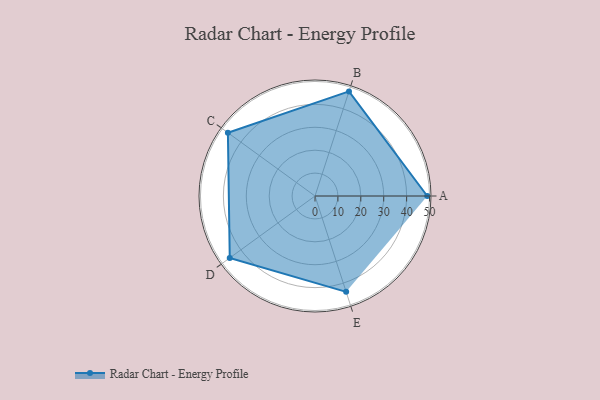
{"axis": {"x": "Skill", "y": "Score"}, "legend": ["Profile"], "data": [{"x": "A", "y": 49.0, "type": "Profile"}, {"x": "B", "y": 48.0, "type": "Profile"}, {"x": "C", "y": 47.0, "type": "Profile"}, {"x": "D", "y": 46.0, "type": "Profile"}, {"x": "E", "y": 44.0, "type": "Profile"}]}